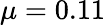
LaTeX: \mu=0.11